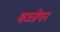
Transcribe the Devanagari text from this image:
गञ्जेपन